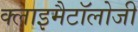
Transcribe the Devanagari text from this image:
क्लाइमैटॉलोजी